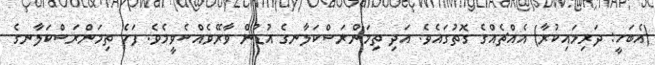
(އެބަހީ: ދަރިމައިކުރާ) އެއްޗެއްގެ ގޮތުގައެވެ. އަދި ތިމަންރަސްކަލާނގެ އުޑުން ވާރޭވެއްސެވީމެވެ. ފަހެ ތިމަންރަސްކަލާނގެ